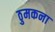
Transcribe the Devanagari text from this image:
ठुमकना